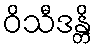
ဝိသီဒန္တိ